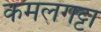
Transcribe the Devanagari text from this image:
कमलगट्टा